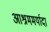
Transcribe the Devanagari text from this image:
आश्रममर्यादा